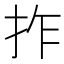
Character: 拃